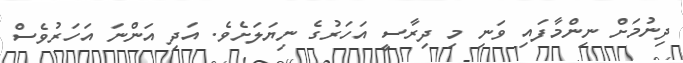
ދިނުމަށް ނިިންމާފައި ވަނި މި ދިރާސީ އަހަރުގެ ނިޔަލަށެވެ. އަދި އަންނަ އަހަރުވެސް